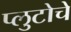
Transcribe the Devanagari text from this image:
प्लुटोचे